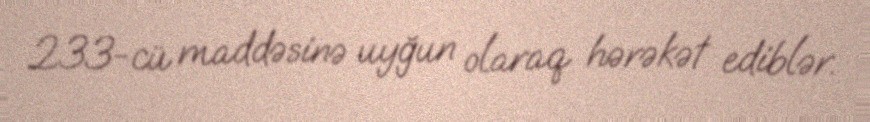
233-cü maddəsinə uyğun olaraq hərəkət ediblər.